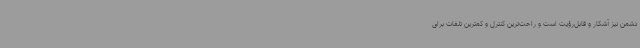
دشمن نیز آشکار و قابل‌رؤیت است و راحت‌ترین کنترل و کمترین تلفات برای